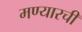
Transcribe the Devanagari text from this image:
मण्यारची